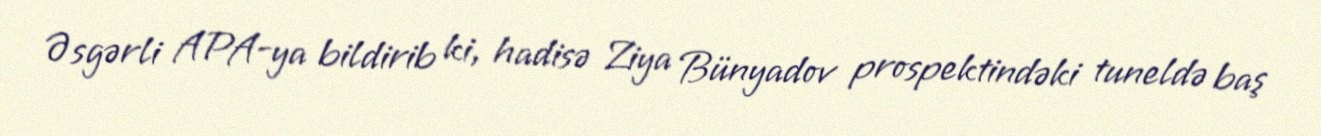
Əsgərli APA-ya bildirib ki, hadisə Ziya Bünyadov prospektindəki tuneldə baş